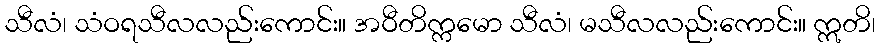
သီလံ၊ သံဝရသီလလည်းကောင်း။ အဝီတိက္ကမော သီလံ၊ မသီလလည်းကောင်း။ ဣတိ၊